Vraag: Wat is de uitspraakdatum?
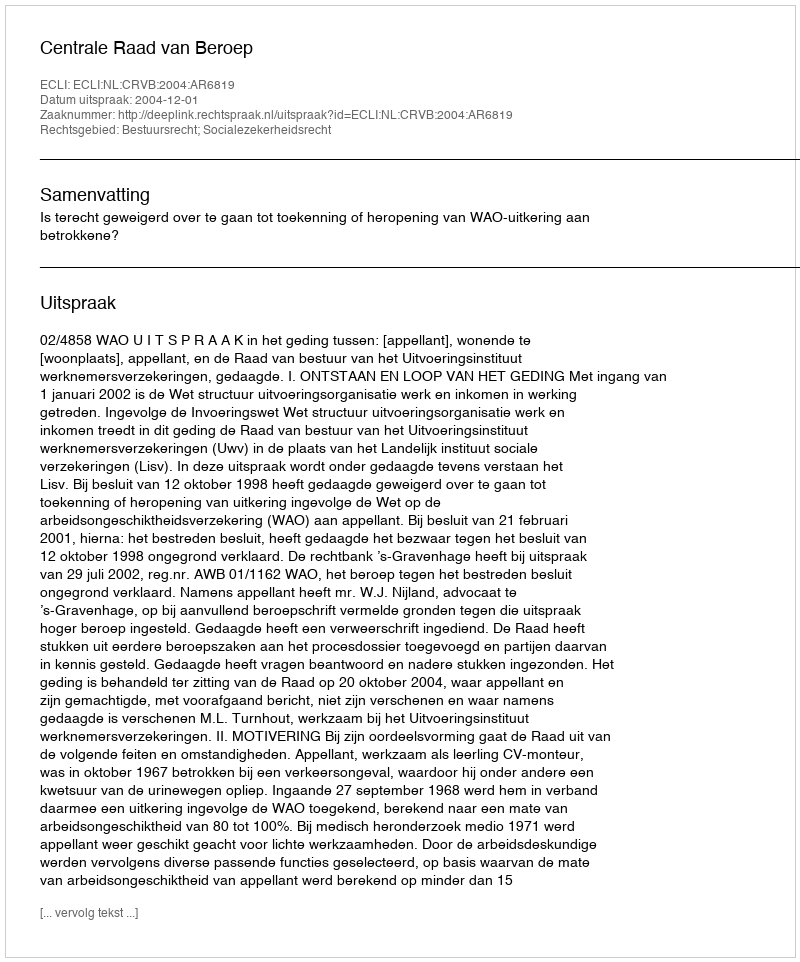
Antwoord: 2004-12-01